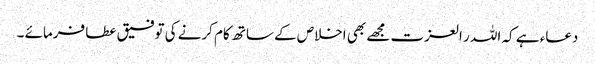
دعاء ہے کہ اللہ ر العزت مجھے بھی اخلاص کے ساتھ کام کرنے کی توفیق عطا فرمائے ۔